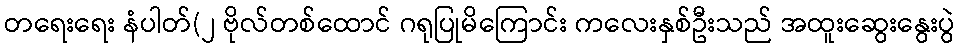
တရေးရေး နံပါတ်(၂ ဗိုလ်တစ်ထောင် ဂရုပြုမိကြောင်း ကလေးနှစ်ဦးသည် အထူးဆွေးနွေးပွဲ